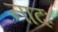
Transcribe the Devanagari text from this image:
नादः